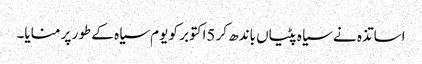
اساتذہ نے سیاہ پٹیاں باندھ کر 5اکتوبر کو یوم سیاہ کے طور پر منایا۔